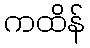
ကထိန်